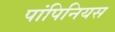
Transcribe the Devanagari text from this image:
पांपिनियस